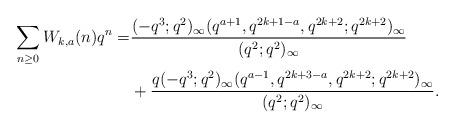
LaTeX: \begin{align*}\sum_{n\geq 0}W_{k,a}(n)q^n=&\frac{(-q^3;q^2)_\infty(q^{a+1},q^{2k+1-a},q^{2k+2};q^{2k+2})_\infty}{(q^2;q^2)_\infty}\\&+\frac{q(-q^3;q^2)_\infty(q^{a-1},q^{2k+3-a},q^{2k+2};q^{2k+2})_\infty}{(q^2;q^2)_\infty}.\end{align*}